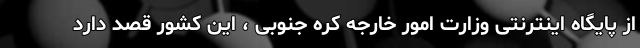
از پایگاه اینترنتی وزارت امور خارجه کره جنوبی ، این کشور قصد دارد